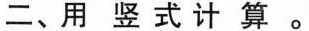
二、用竖式计算。